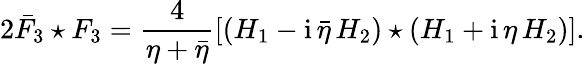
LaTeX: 2\bar{F}_{3}\star F_{3}=\frac{4}{\eta+\bar{\eta}}[(H_{1}-\mathrm{i}\, \bar{\eta}\, H_{2})\star(H_{1}+\mathrm{i}\, \eta\, H_{2})].